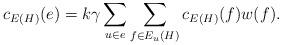
LaTeX: \begin{align*} c_{E(H)}(e)=k\gamma\sum\limits_{u\in e}\sum\limits_{f\in E_u(H)}c_{E(H)}(f)w(f).\end{align*}